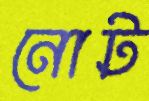
নোট